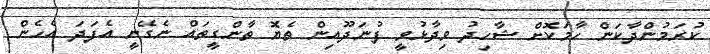
ކުރަމުންދާކަން ހާމަކޮށް ޝާހިދު ވިދާޅުވީ ފުނަދޫއިން ތެޔޮ ތާންގީތައް ނެގޭނީ އެފަދަ އެހެން